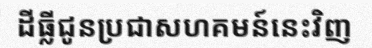
ដីធ្លីជូនប្រជាសហគមន៍នេះវិញ